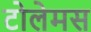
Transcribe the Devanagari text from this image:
टोलेमस